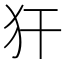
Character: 犴